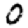
Digit: 0